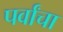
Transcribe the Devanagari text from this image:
पर्वांचा